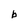
Character: b